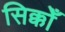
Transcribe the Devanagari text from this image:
सिक्कोँ